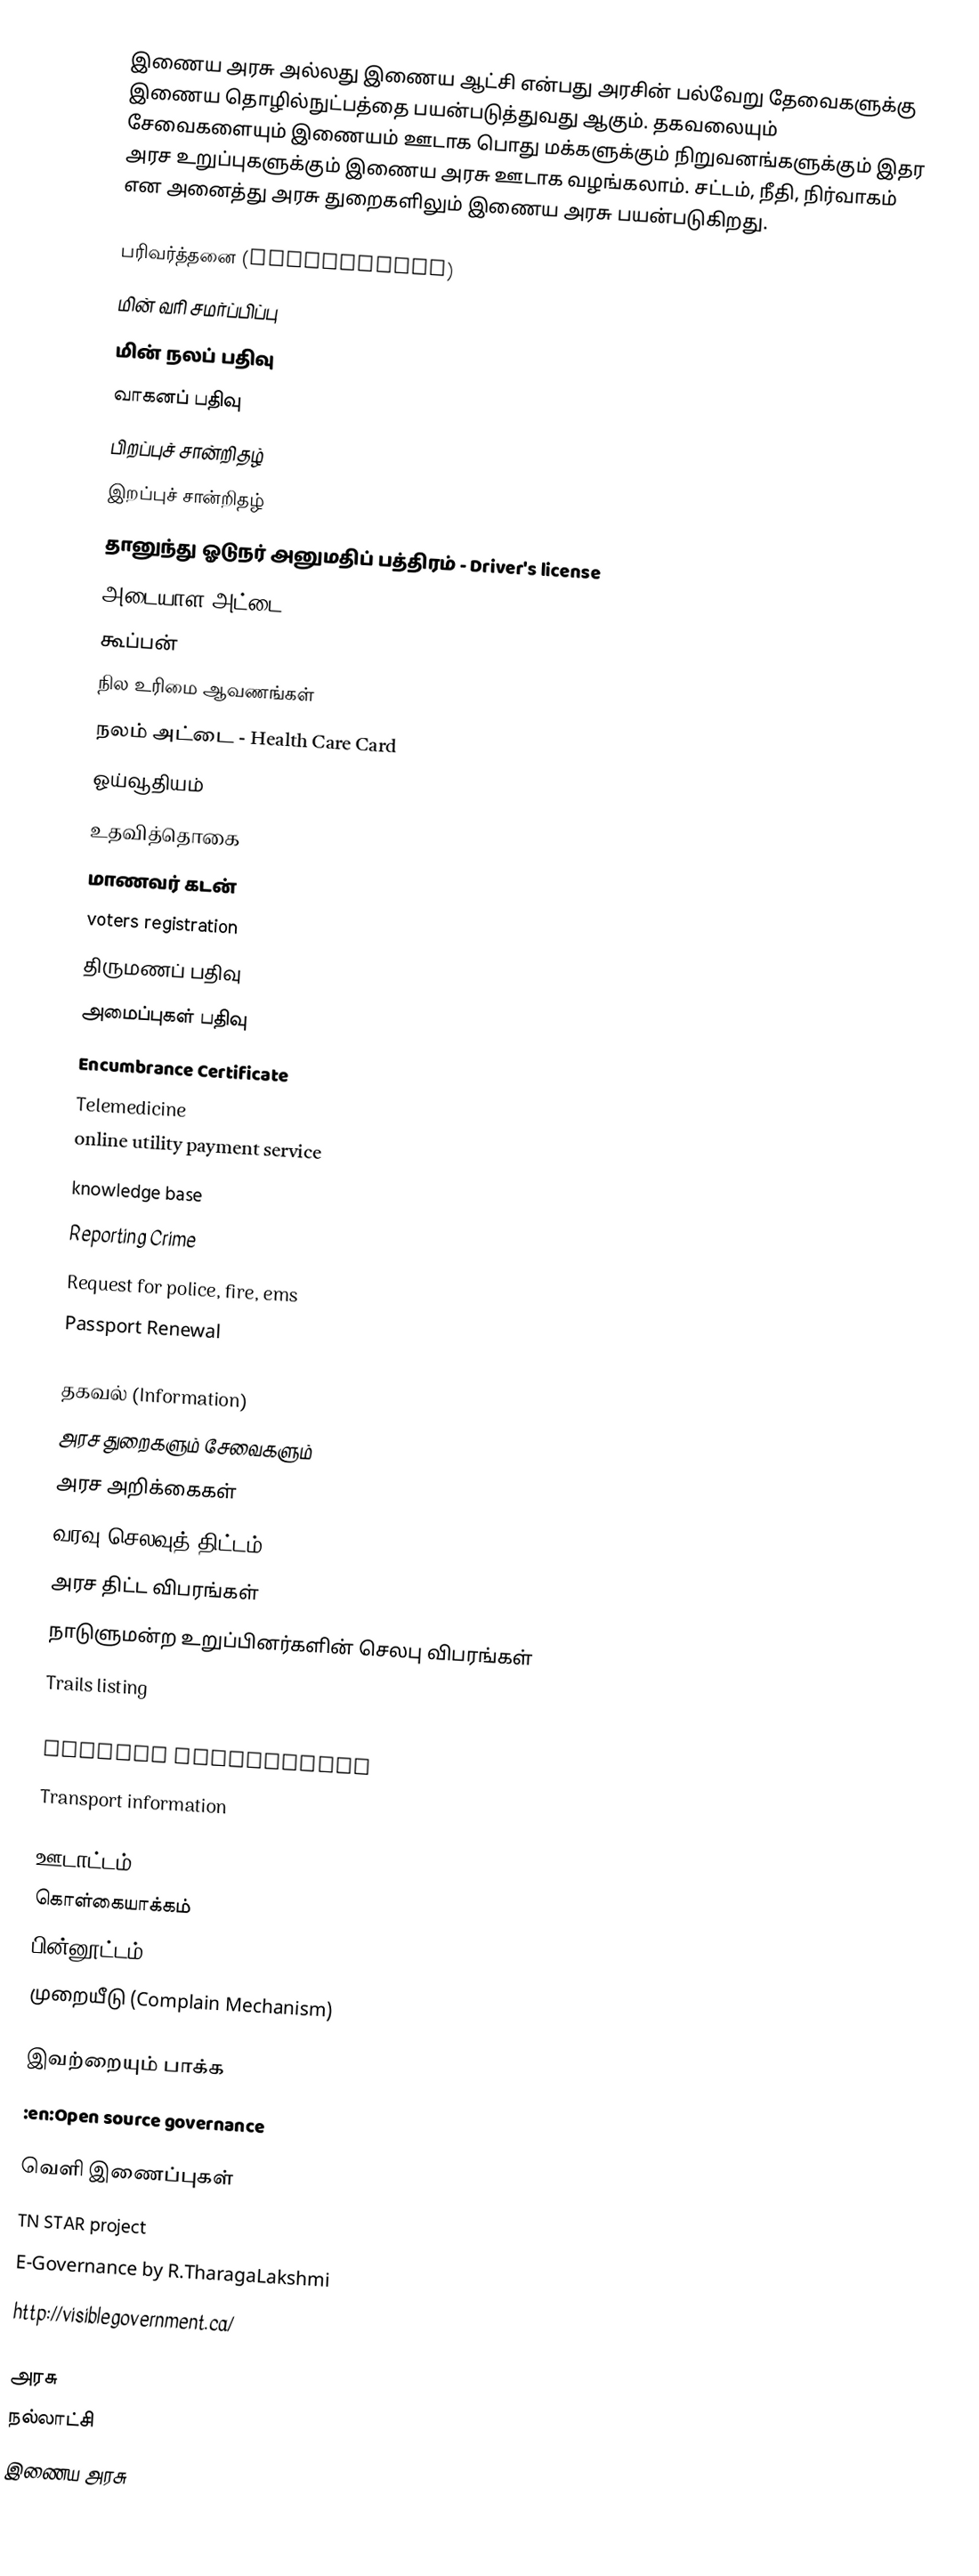
இணைய அரசு அல்லது இணைய ஆட்சி என்பது அரசின் பல்வேறு தேவைகளுக்கு இணைய தொழில்நுட்பத்தை பயன்படுத்துவது ஆகும். தகவலையும் சேவைகளையும் இணையம் ஊடாக பொது மக்களுக்கும் நிறுவனங்களுக்கும் இதர அரச உறுப்புகளுக்கும் இணைய அரசு ஊடாக வழங்கலாம். சட்டம், நீதி, நிர்வாகம் என அனைத்து அரசு துறைகளிலும் இணைய அரசு பயன்படுகிறது.

பரிவர்த்தனை (Transaction)
 மின் வரி சமர்ப்பிப்பு
 மின் நலப் பதிவு
 வாகனப் பதிவு
 பிறப்புச் சான்றிதழ்
 இறப்புச் சான்றிதழ்
 தானுந்து ஓடுநர் அனுமதிப் பத்திரம் - Driver's license
 அடையாள அட்டை
 கூப்பன்
 நில உரிமை ஆவணங்கள்
 நலம் அட்டை - Health Care Card
 ஓய்வூதியம்
 உதவித்தொகை
 மாணவர் கடன்
 voters registration
 திருமணப் பதிவு
 அமைப்புகள் பதிவு
 Encumbrance Certificate
 Telemedicine
 online utility payment service
 knowledge base
 Reporting Crime
 Request for police, fire, ems
 Passport Renewal

தகவல் (Information)
 அரச துறைகளும் சேவைகளும்
 அரச அறிக்கைகள்
 வரவு செலவுத் திட்டம்
 அரச திட்ட விபரங்கள்
 நாடுளுமன்ற உறுப்பினர்களின் செலபு விபரங்கள்
 Trails listing
 Statistics
 Tourist Information
 Transport information

ஊடாட்டம் (Collaboration)
 கொள்கையாக்கம்
 பின்னூட்டம் (Feedback)
 முறையீடு (Complain Mechanism)

இவற்றையும் பாக்க
:en:Open source governance

வெளி இணைப்புகள்
 TN STAR project
 E-Governance by R.TharagaLakshmi
 http://visiblegovernment.ca/

அரசு
நல்லாட்சி
இணைய அரசு